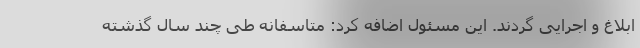
ابلاغ و اجرایی گردند. این مسئول اضافه کرد: متاسفانه طی چند سال گذشته